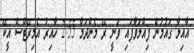
އާއިލާ ގައުމުން ފިއްލަވާފައި ވަނީ ރޭ މެންދަމް 2:55 ހާއިރު އެމިރޭޓްސް އީކޭ